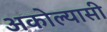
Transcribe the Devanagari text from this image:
अकोल्यासी